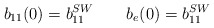
\begin{align*}b_{11}(0)=b_{11}^{SW} \qquad b_e(0)=b_{11}^{SW}\end{align*}